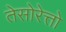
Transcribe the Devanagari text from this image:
तेसोरेत्तो